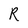
Character: R